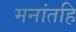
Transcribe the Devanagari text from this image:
मनांतहि